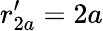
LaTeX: r_{2a}^{\prime}=2a